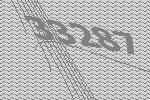
33287